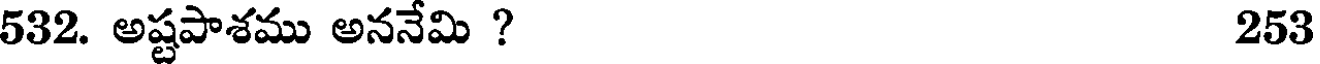
532. అష్టపాశము అననేమి ? 253